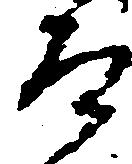
道